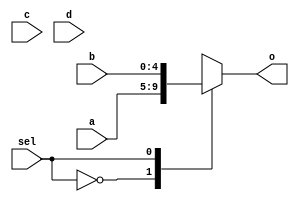
module mux4to1_5(
	input wire sel,
	input wire [4:0] a,
	input wire [4:0] b,
	input wire [4:0] c,
	input wire [4:0] d,
	output reg [4:0] o
);


always @(*)
	case(sel)
		2'b00: o<=a;
		2'b01: o<=b;
		2'b10: o<=c;
		2'b11: o<=d;
	endcase

endmodule